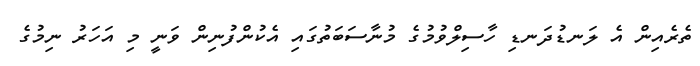
ތެރެއިން އެ ލަނޑުދަނޑި ހާސިލްވުމުގެ މުނާސަބަތުގައި އެކުންފުނިން ވަނީ މި އަހަރު ނިމުގެ